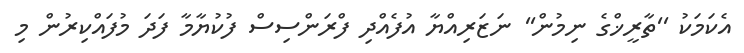
އެކަމަކު ''ތާރީޚްގެ ނިމުން'' ނަޒަރިއްޔާ އުފެއްދި ފްރަންސިސް ފުކުޔާމާ ފަދަ މުފައްކިރުން މި